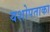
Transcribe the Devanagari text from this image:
यशोपताका